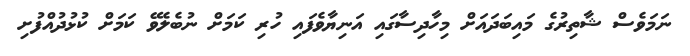
ނަމަވެސް ޝާތިރުގެ މައިބަދައަށް މިހާދިސާގައި އަނިޔާވެފައި ހުރި ކަމަށް ނުބެލެވޭ ކަމަށް ކުޅުދުއްފުށި